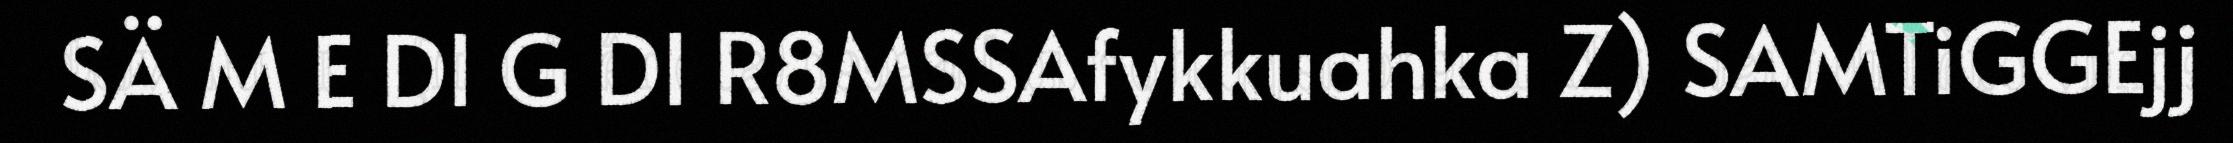
SÄ M E DI G DI R8MSSAfykkuahka Z) SAMTiGGEjj